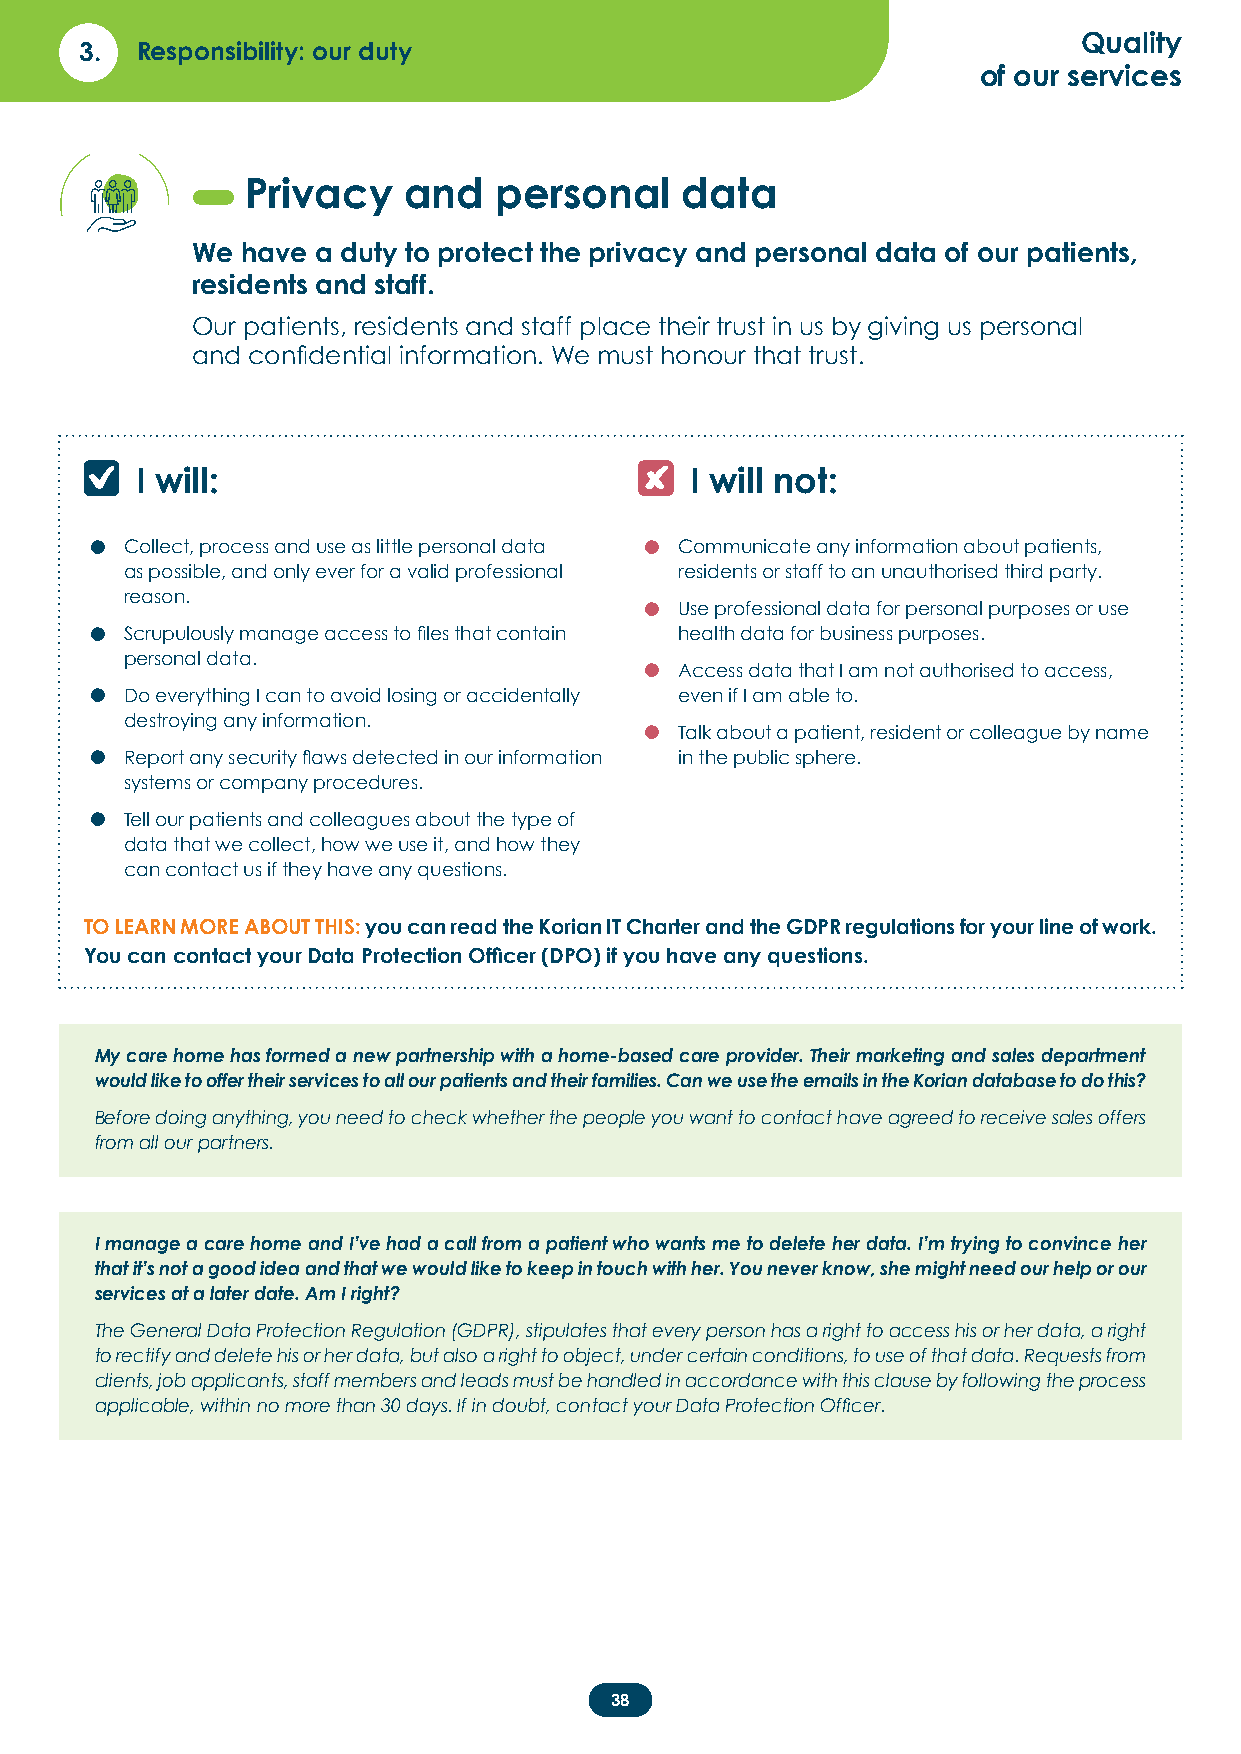
Quality
 3.  Responsibility: our duty
 of our services
 Privacy    and   personal    data
 We have a duty to protect the privacy and personal data of our patients,
 residents and staff.
 Our patients, residents and staff place their trust in us by giving us personal
 and confidential information. We must honour that trust.
 I will:                              I will not:
 •                                   •
 Collect, process and use as little personal data Communicate any information about patients,
 as possible, and only ever for a valid professional residents or staff to an unauthorised third party.
 reason.                           •
 Use professional data for personal purposes or use
 •
 Scrupulously manage access to files that contain health data for business purposes.
 personal data.                    •
 Access data that I am not authorised to access,
 •
 Do everything I can to avoid losing or accidentally even if I am able to.
 destroying any information.       •
 Talk about a patient, resident or colleague by name
 •
 Report any security flaws detected in our information in the public sphere.
 systems or company procedures.
 •
 Tell our patients and colleagues about the type of
 data that we collect, how we use it, and how they
 can contact us if they have any questions.
 TO LEARN MORE ABOUT THIS: you can read the Korian IT Charter and the GDPR regulations for your line of work.
 You can contact your Data Protection Officer (DPO) if you have any questions.
 My care home has formed a new partnership with a home-based care provider. Their marketing and sales department
 would like to offer their services to all our patients and their families. Can we use the emails in the Korian database to do this?
 Before doing anything, you need to check whether the people you want to contact have agreed to receive sales offers
 from all our partners.
 I manage a care home and I’ve had a call from a patient who wants me to delete her data. I’m trying to convince her
 that it’s not a good idea and that we would like to keep in touch with her. You never know, she might need our help or our
 services at a later date. Am I right?
 The General Data Protection Regulation (GDPR), stipulates that every person has a right to access his or her data, a right
 to rectify and delete his or her data, but also a right to object, under certain conditions, to use of that data. Requests from
 clients, job applicants, staff members and leads must be handled in accordance with this clause by following the process
 applicable, within no more than 30 days. If in doubt, contact your Data Protection Officer.
 38